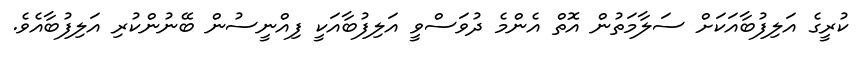
ކުރީގެ އަލިފުބާއަކަށް ސަލާމަތުން އޮތް އެންމެ ދުވަސްވީ އަލިފުބާއަކީ ފިއްނީސުން ބޭނުންކުރި އަލިފުބާއެވެ.